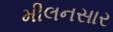
મીલનસાર